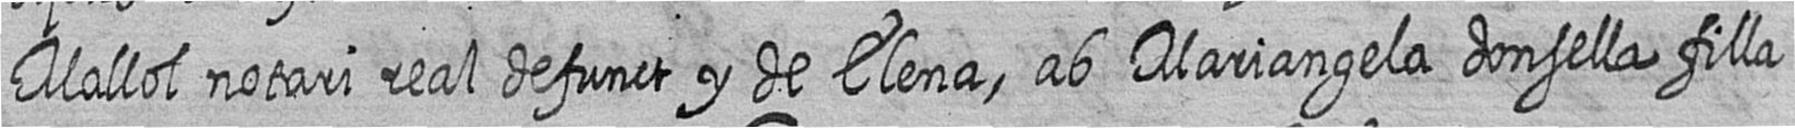
Mallol notari real defunct y de Elena ab Mariangela donsella filla